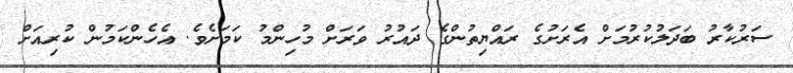
ސަރުކާރު ބަދަލުކުރުމަށް އެރަށުގެ ރައްޔިތުންގެ ދައުރު ވަރަށް މުހިންމު ކަމަށެވެ. އެހެންކަމުން ކުރިއަށް